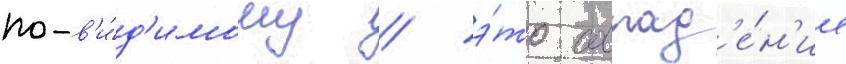
по-в'и́д'имому / э́то совпад'е́н'ие